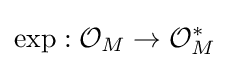
\exp :{\mathcal {O}}_{M}\to {\mathcal {O}}_{M}^{*}